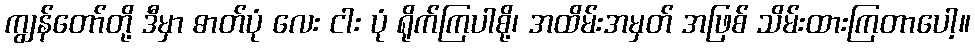
ကျွန်တော်တို့ ဒီမှာ ဓာတ်ပုံ လေး ငါး ပုံ ရိုက်ကြပါစို့၊ အထိမ်းအမှတ် အဖြစ် သိမ်းထားကြတာပေါ့။